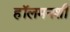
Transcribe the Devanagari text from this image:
हॉलमनशी